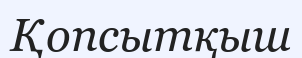
Қопсытқыш